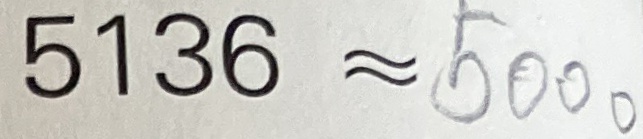
5 1 3 6 \approx 5 0 0 0